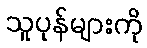
သူပုန်များကို